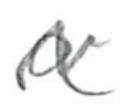
Text: a
Cross-out: mix
Writing tool: pencil